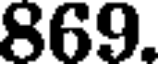
869.